Lunatic asylums Central Provinces reports 1886-1894 - 1886-1894
Year: 1886
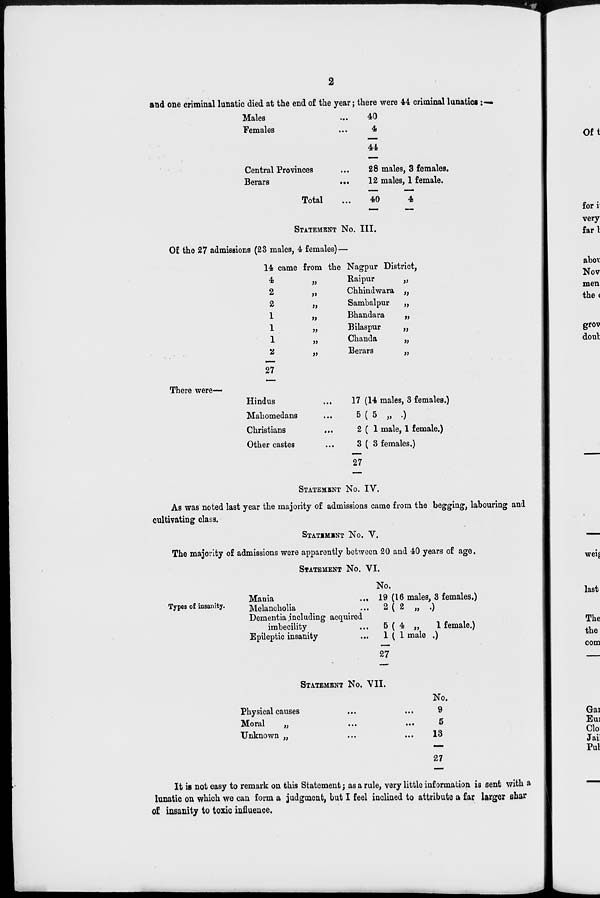
2
and one criminal lunatic died at the end of the year; there were 44 criminal lunatics:—
Males ...
Females ...
Central Provinces ...
Berars
...
Total ...
40
4
44
28 males, 3 females.
12 males, 1 female.
40
4
STATEMENT NO. III.
Of the 27 admissions (23 males, 4 females)—
14 came from the Nagpur District,
4 „
2 „
2 „
1 „
1 „
1 „
2 „
27
Raipur
„
Chhindwara „
Sambalpur
„
Bhandara
„
Bilaspur
„
Chanda
„
Berars
„
There were—
Hindus ...
Mahomedans ...
Christians ...
Other castes ...
17 (14 males, 3 females.)
5(5 „ .)
2(1 male, 1 female.)
3(3 females.)
27
STATEMENT NO. IV.
As was noted last year the majority of admissions came from the begging, labouring and
cultivating class.
STATEMENT NO. V.
The majority of admissions were apparently between 20 and 40 years of age.
STATEMENT NO. VI.
Types of insanity.
Mania
...
Melancholia ...
Dementia including acquired
imbecility ...
Epileptic insanity ...
No.
19 (16 males, 3 females.)
2 ( 2 „ . )
5 ( 4 „
1 female.)
1(1 male . )
27
STATEMENT NO. VII.
Physical causes ...
Moral
„ ...
Unknown „ ...
No.
9
5
13
27
It is not easy to remark on this Statement; as a rule, very little information is sent with a
lunatic on which we can form a judgment, but I feel inclined to attribute a far larger shar
of insanity to toxic influence.